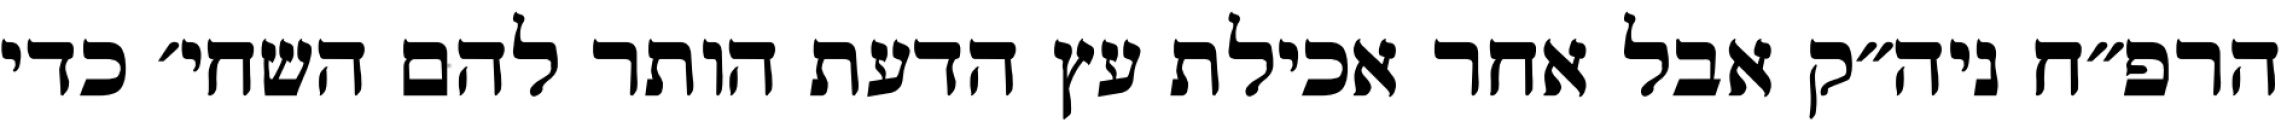
הרפ״ח ניה״ק אבל אחר אכילת עץ הדעת הותר להם השחי׳ כדי